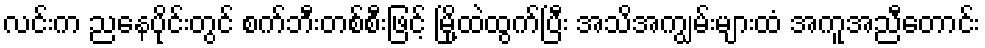
လင်းက ညနေပိုင်းတွင် စက်ဘီးတစ်စီးဖြင့် မြို့ထဲထွက်ပြီး အသိအကျွမ်းများထံ အကူအညီတောင်း